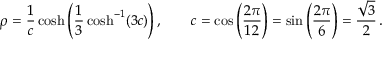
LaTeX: \rho = { \frac { 1 } { c } } \cosh \left( { \frac { 1 } { 3 } } \cosh ^ { - 1 } ( 3 c ) \right) , \qquad c = \cos \left( { \frac { 2 \pi } { 1 2 } } \right) = \sin \left( { \frac { 2 \pi } { 6 } } \right) = { \frac { \sqrt { 3 } } { 2 } } \, .